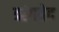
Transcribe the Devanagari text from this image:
ऋंगवेद